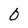
Character: 0